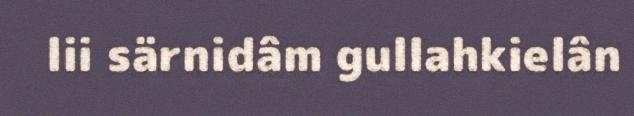
lii särnidâm gullahkielân